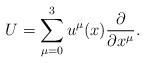
LaTeX: \begin{align*}U = \sum_{\mu = 0}^{3} u^{\mu }(x)\frac{\partial }{\partial x^{\mu }}.\end{align*}